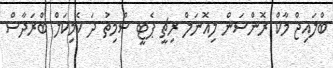
ބްލައިޖް މާކް ރޮންސަން ލިއޮނަލް ރިޗީ ޕެޓީ ސްމިތު ދަ ކެމިކަލް ބްރަދާސް